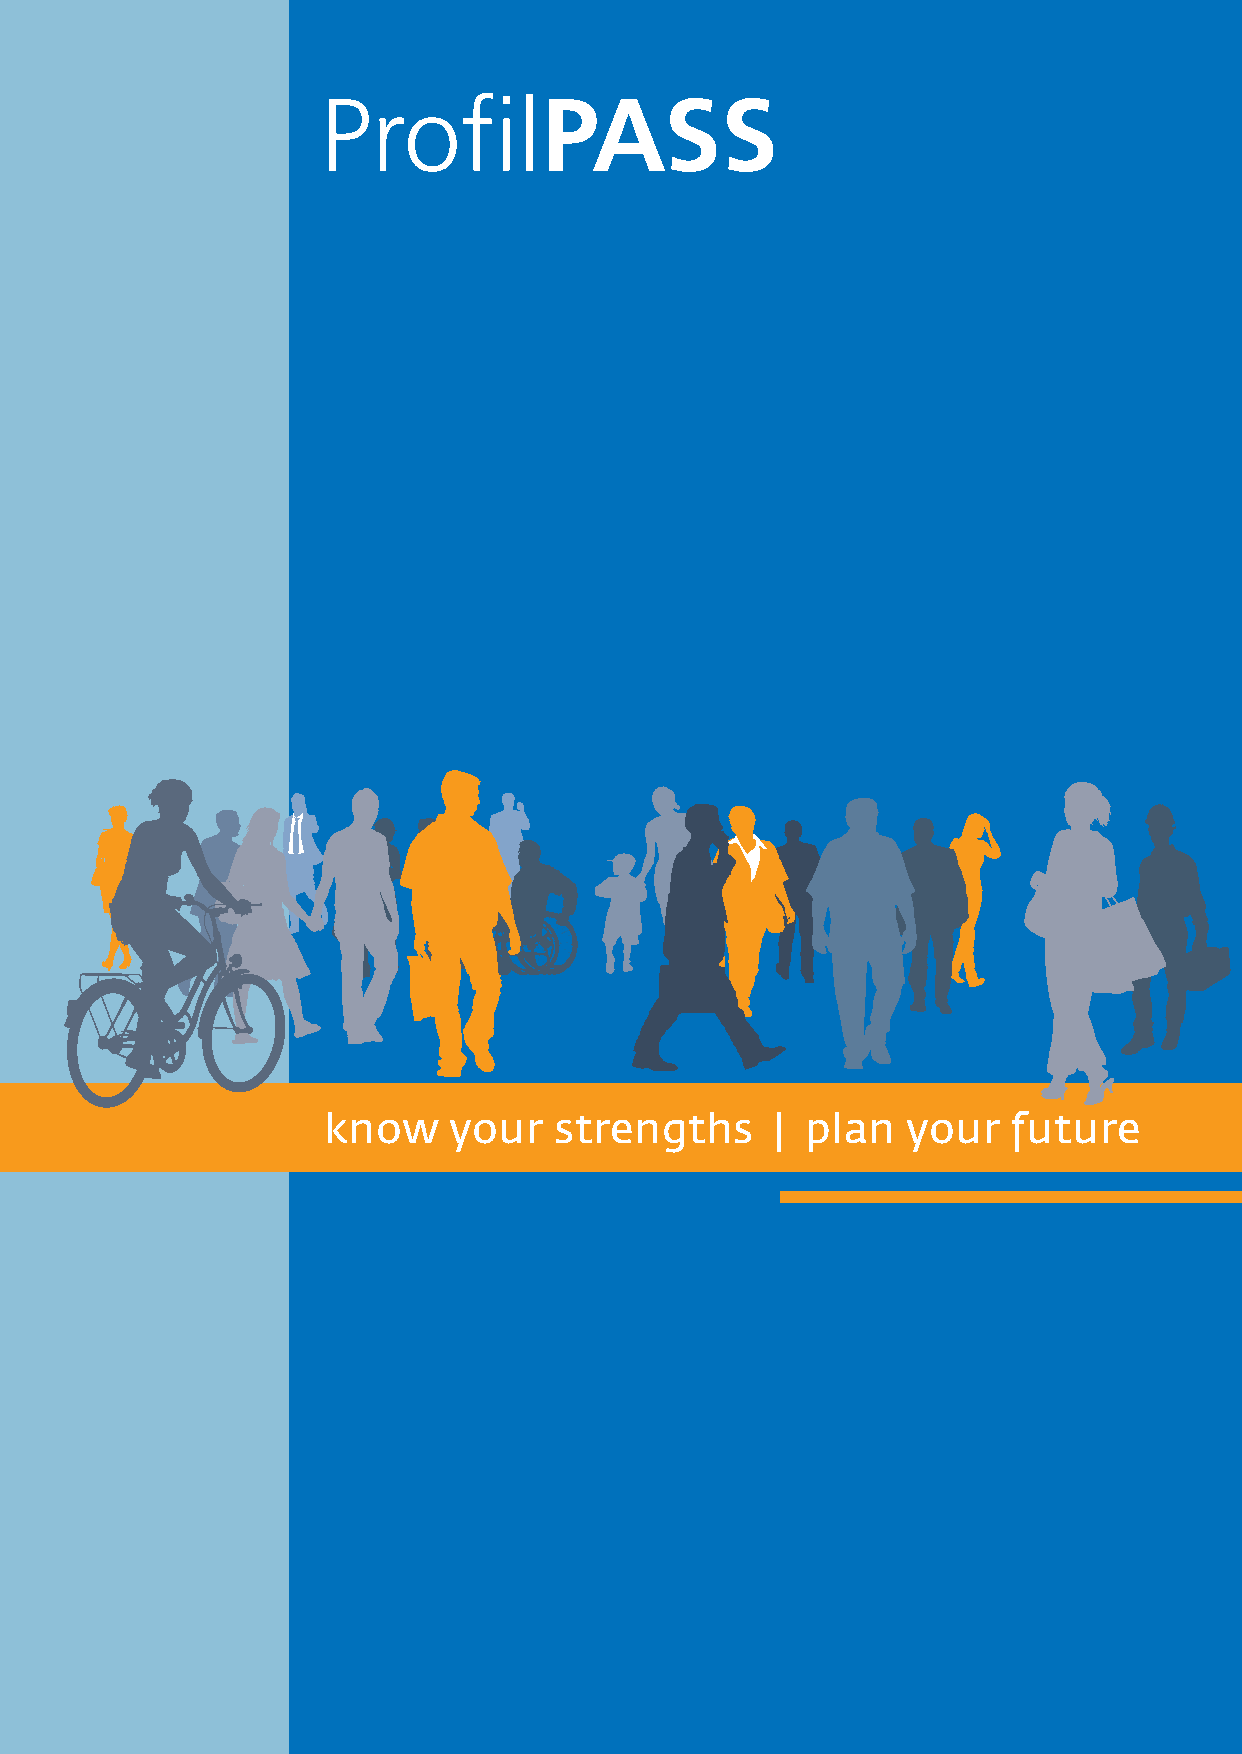
know     your   strengths     | plan   your   future